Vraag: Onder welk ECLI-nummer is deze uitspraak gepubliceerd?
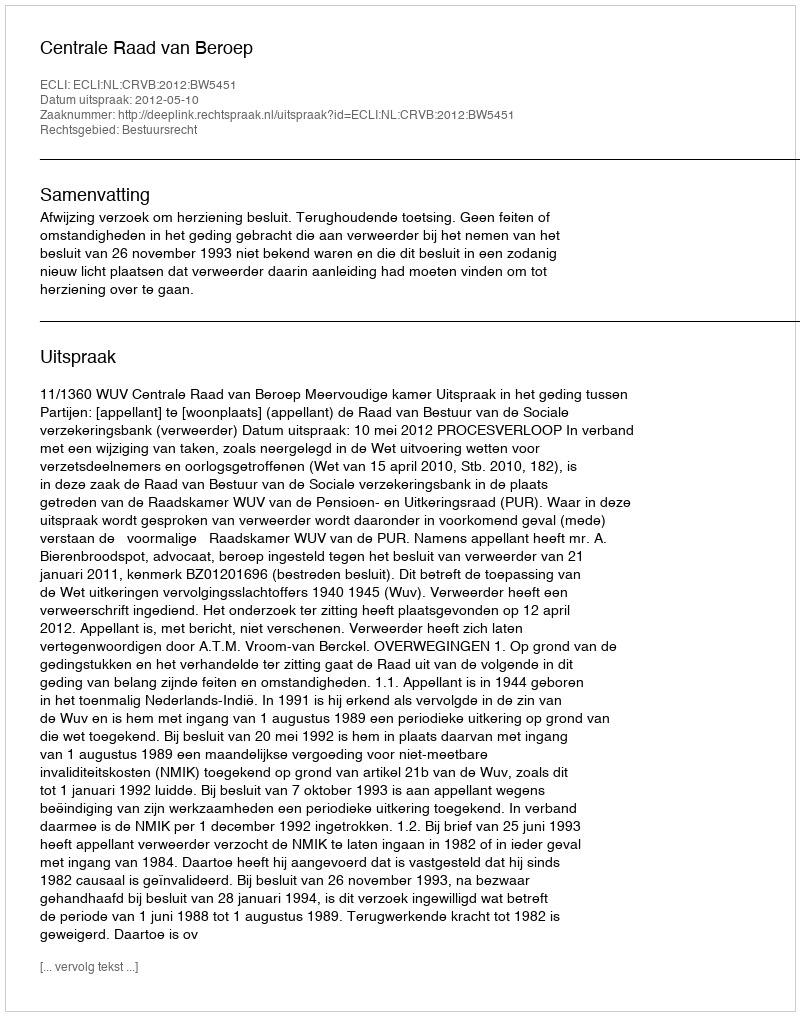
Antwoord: ECLI:NL:CRVB:2012:BW5451